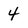
Character: 4